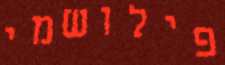
פילושמי